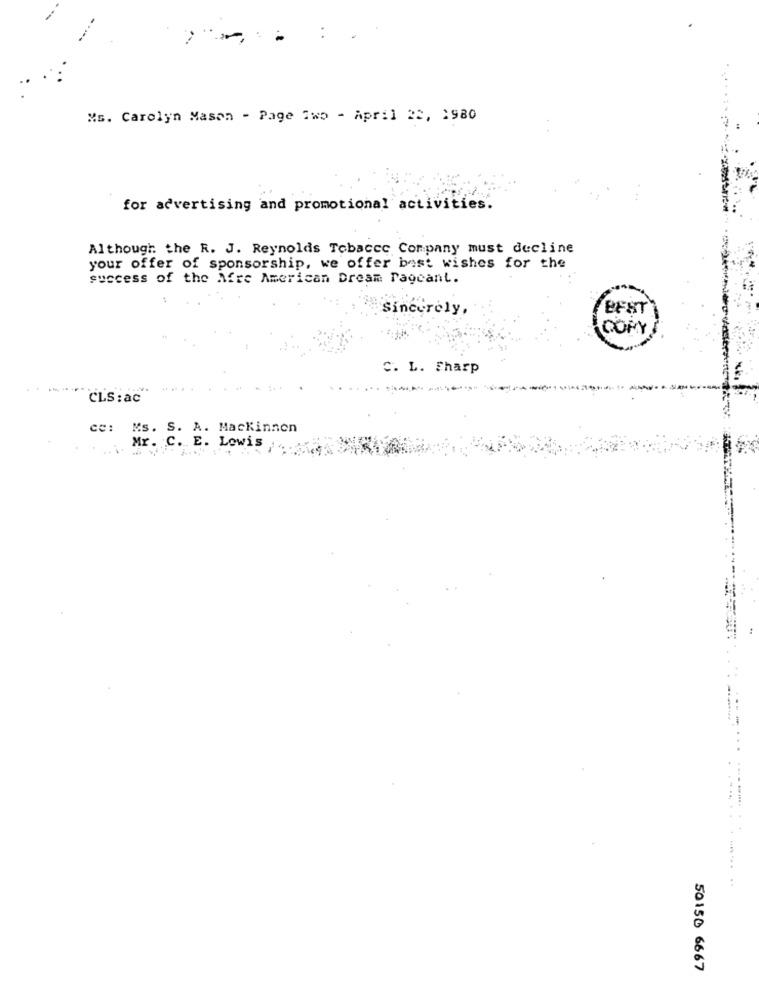
Ms. Carolyn Mason - Page Two - April 22, 1980
for advertising and promotional activities.
Although the R. J. Reynolds Tobacco Company must decline
your offer of sponsorship, we offer best wishes for the
success of the Afre American Dream Pagcant.
Sincerely,
DOMY
C. L. Sharp
CLS : ac
ce:
Ms. S. A. Mackinnon
Mr. C. E. Lowis
.... .......
.......-....
50150 6667